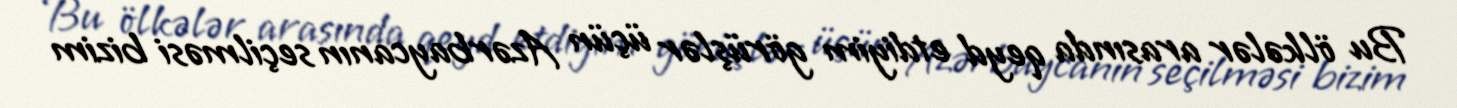
Bu ölkələr arasında qeyd etdiyim görüşlər üçün Azərbaycanın seçilməsi bizim